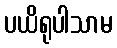
ပယိရုပါသာမ